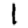
Digit: 1